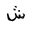
Letter: _shin